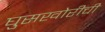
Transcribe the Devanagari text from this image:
घुसखोरीची